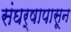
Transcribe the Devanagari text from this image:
संघर्षापासून